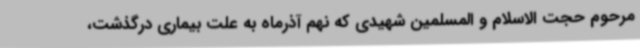
مرحوم حجت الاسلام و المسلمین شهیدی که نهم آذرماه به علت بیماری درگذشت،